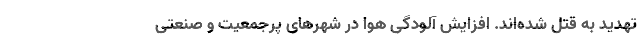
تهدید به قتل شده‌اند. افزایش آلودگی هوا در شهرهای پرجمعیت و صنعتی